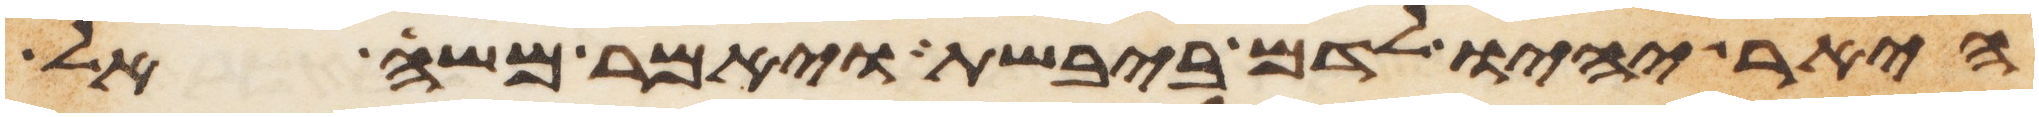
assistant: היאר יהיו לדם ביבשת ויאמר משה אל